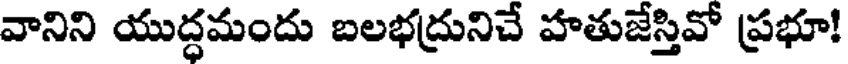
వానిని యుద్ధమందు బలభద్రునిచే హతుజేస్తివో ప్రభూ!